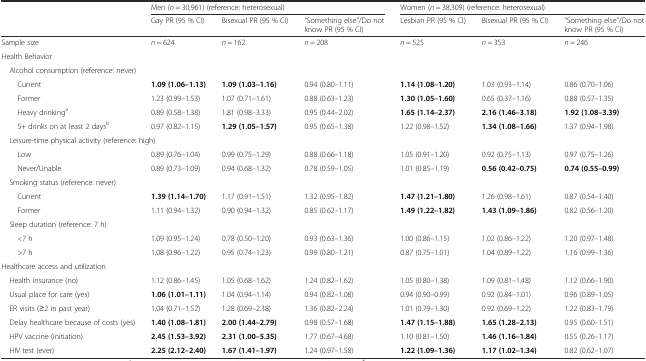
<table><thead><tr><td rowspan="2"></td><td colspan="3"><b>Men (<i>n</i> = 30,961) (reference: heterosexual)</b></td><td colspan="3"><b>Women (<i>n</i> = 38,309) (reference: heterosexual)</b></td></tr><tr><td><b>Gay PR (95 % CI)</b></td><td><b>Bisexual PR (95 % CI)</b></td><td><b>“Something else”/Do not know PR (95 % CI)</b></td><td><b>Lesbian PR (95 % CI)</b></td><td><b>Bisexual PR (95 % CI)</b></td><td><b>“Something else”/Do not know PR (95 % CI)</b></td></tr></thead><tbody><tr><td>Sample size</td><td><i>n</i> = 624</td><td><i>n</i> = 162</td><td><i>n</i> = 208</td><td><i>n</i> = 525</td><td><i>n</i> = 353</td><td><i>n</i> = 246</td></tr><tr><td colspan="7">Health Behavior</td></tr><tr><td colspan="7"> Alcohol consumption (reference: never)</td></tr><tr><td>Current</td><td><b>1.09 (1.06–1.13)</b></td><td><b>1.09 (1.03–1.16)</b></td><td>0.94 (0.80–1.11)</td><td><b>1.14 (1.08–1.20)</b></td><td>1.03 (0.93–1.14)</td><td>0.86 (0.70–1.06)</td></tr><tr><td>Former</td><td>1.23 (0.99–1.53)</td><td>1.07 (0.71–1.61)</td><td>0.88 (0.63–1.23)</td><td><b>1.30 (1.05–1.60)</b></td><td>0.65 (0.37–1.16)</td><td>0.88 (0.57–1.35)</td></tr><tr><td>Heavy drinking<sup>a</sup></td><td>0.89 (0.58–1.38)</td><td>1.81 (0.98–3.33)</td><td>0.95 (0.44–2.02)</td><td><b>1.65 (1.14–2.37)</b></td><td><b>2.16 (1.46–3.18)</b></td><td><b>1.92 (1.08–3.39)</b></td></tr><tr><td>5+ drinks on at least 2 days<sup>b</sup></td><td>0.97 (0.82–1.15)</td><td><b>1.29 (1.05–1.57)</b></td><td>0.95 (0.65–1.38)</td><td>1.22 (0.98–1.52)</td><td><b>1.34 (1.08–1.66)</b></td><td>1.37 (0.94–1.98)</td></tr><tr><td colspan="7"> Leisure-time physical activity (reference: high)</td></tr><tr><td>Low</td><td>0.89 (0.76–1.04)</td><td>0.99 (0.75–1.29)</td><td>0.88 (0.66–1.18)</td><td>1.05 (0.91–1.20)</td><td>0.92 (0.75–1.13)</td><td>0.97 (0.75–1.26)</td></tr><tr><td>Never/Unable</td><td>0.89 (0.73–1.09)</td><td>0.94 (0.68–1.32)</td><td>0.78 (0.59–1.05)</td><td>1.01 (0.85–1.19)</td><td><b>0.56 (0.42–0.75)</b></td><td><b>0.74 (0.55–0.99)</b></td></tr><tr><td colspan="7"> Smoking status (reference: never)</td></tr><tr><td>Current</td><td><b>1.39 (1.14–1.70)</b></td><td>1.17 (0.91–1.51)</td><td>1.32 (0.95–1.82)</td><td><b>1.47 (1.21–1.80)</b></td><td>1.26 (0.98–1.61)</td><td>0.87 (0.54–1.40)</td></tr><tr><td>Former</td><td>1.11 (0.94–1.32)</td><td>0.90 (0.94–1.32)</td><td>0.85 (0.62–1.17)</td><td><b>1.49 (1.22–1.82)</b></td><td><b>1.43 (1.09–1.86)</b></td><td>0.82 (0.56–1.20)</td></tr><tr><td colspan="7"> Sleep duration (reference: 7 h)</td></tr><tr><td>&lt;7 h</td><td>1.09 (0.95–1.24)</td><td>0.78 (0.50–1.20)</td><td>0.93 (0.63–1.36)</td><td>1.00 (0.86–1.15)</td><td>1.02 (0.86–1.22)</td><td>1.20 (0.97–1.48)</td></tr><tr><td>&gt;7 h</td><td>1.08 (0.96–1.22)</td><td>0.95 (0.74–1.23)</td><td>0.99 (0.80–1.21)</td><td>0.87 (0.75–1.01)</td><td>1.04 (0.89–1.22)</td><td>1.16 (0.99–1.36)</td></tr><tr><td colspan="7">Healthcare access and utilization</td></tr><tr><td> Health insurance (no)</td><td>1.12 (0.86–1.45)</td><td>1.05 (0.68–1.62)</td><td>1.24 (0.82–1.62)</td><td>1.05 (0.80–1.38)</td><td>1.09 (0.81–1.48)</td><td>1.12 (0.66–1.90)</td></tr><tr><td> Usual place for care (yes)</td><td><b>1.06 (1.01–1.11)</b></td><td>1.04 (0.94–1.14)</td><td>0.94 (0.82–1.08)</td><td>0.94 (0.90–0.99)</td><td>0.92 (0.84–1.01)</td><td>0.96 (0.89–1.05)</td></tr><tr><td> ER visits (≥2 in past year)</td><td>1.04 (0.71–1.52)</td><td>1.28 (0.69–2.38)</td><td>1.36 (0.82–2.24)</td><td>1.01 (0.79–1.30)</td><td>0.92 (0.69–1.22)</td><td>1.22 (0.83–1.79)</td></tr><tr><td> Delay healthcare because of costs (yes)</td><td><b>1.40 (1.08–1.81)</b></td><td><b>2.00 (1.44–2.79)</b></td><td>0.98 (0.57–1.68)</td><td><b>1.47 (1.15–1.88)</b></td><td><b>1.65 (1.28–2.13)</b></td><td>0.95 (0.60–1.51)</td></tr><tr><td> HPV vaccine (initiation)</td><td><b>2.45 (1.53–3.92)</b></td><td><b>2.31 (1.00–5.35)</b></td><td>1.77 (0.67–4.68)</td><td>1.10 (0.81–1.50)</td><td><b>1.46 (1.16–1.84)</b></td><td>0.55 (0.26–1.17)</td></tr><tr><td> HIV test (ever)</td><td><b>2.25 (2.12–2.40)</b></td><td><b>1.67 (1.41–1.97)</b></td><td>1.24 (0.97–1.58)</td><td><b>1.22 (1.09–1.36)</b></td><td><b>1.17 (1.02–1.34)</b></td><td>0.82 (0.62–1.07)</td></tr></tbody></table>